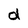
Character: d